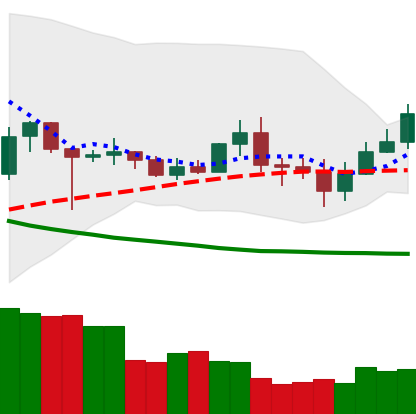
Ticker: TRX-USD
Chart end date: 2020-07-01
Forward return: 6.811%
Label: up_5_7